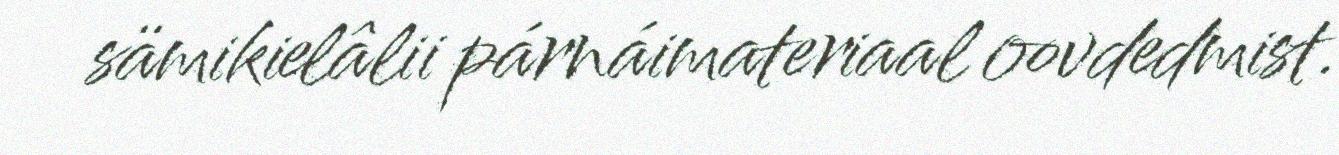
sämikielâlii párnáimateriaal oovdedmist.